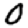
Digit: 0